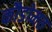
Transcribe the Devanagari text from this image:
कौडोमत